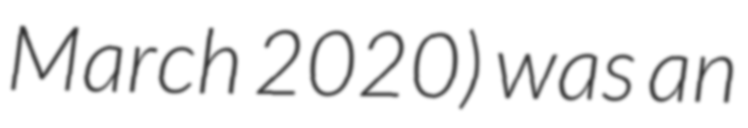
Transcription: March 2020) was an